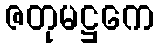
ဇတုမဋ္ဌကေ